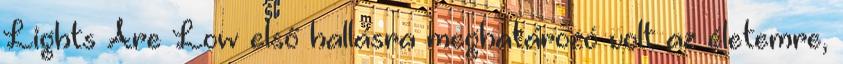
Lights Are Low első hallásra meghatározó volt az életemre,